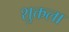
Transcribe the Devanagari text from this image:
शुक्तला